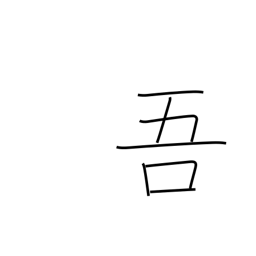
Meaning: my